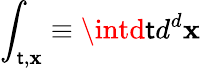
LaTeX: \int_{\mathsf{t},{\mathbf{x}}}\equiv\intd\mathsf{t}d^{d}{\mathbf{x}}